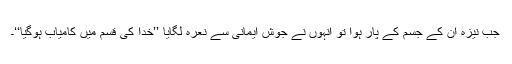
جب نیزہ ان کے جسم کے پار ہوا تو انہوں نے جوشِ ایمانی سے نعرہ لگایا ’’خدا کی قسم میں کامیاب ہوگیا‘‘۔